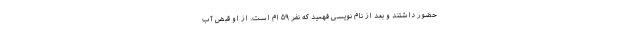
حضور داشتند و بعد از نام نویسی فهمید که نفر ۵۹ ام است. از او قبض آب